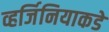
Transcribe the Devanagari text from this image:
व्हर्जिनियाकडे